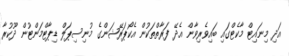
އަދި މިނައިޓް މާކެޓްގައި ބައިވެރިވާން އެދޭ ފަރާތްތަކުން އެކޯޕަރޭޝަންގެ މުނިސިޕަލް ޑިޕާޓްމަންޓުން ދޫކުރާ